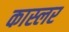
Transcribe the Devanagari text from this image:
कास्लर